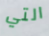
التي